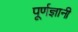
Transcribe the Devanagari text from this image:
पूर्णज्ञानी